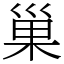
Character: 巢